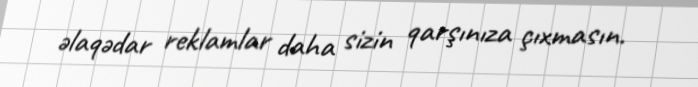
əlaqədar reklamlar daha sizin qarşınıza çıxmasın.